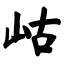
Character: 岵